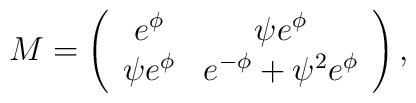
M = \left( \begin{array}{cc} e^{\phi} & \psi e^{\phi}\\  \psi e^{\phi} & e^{-\phi} + \psi^2 e^{\phi} \end{array}\right) ,